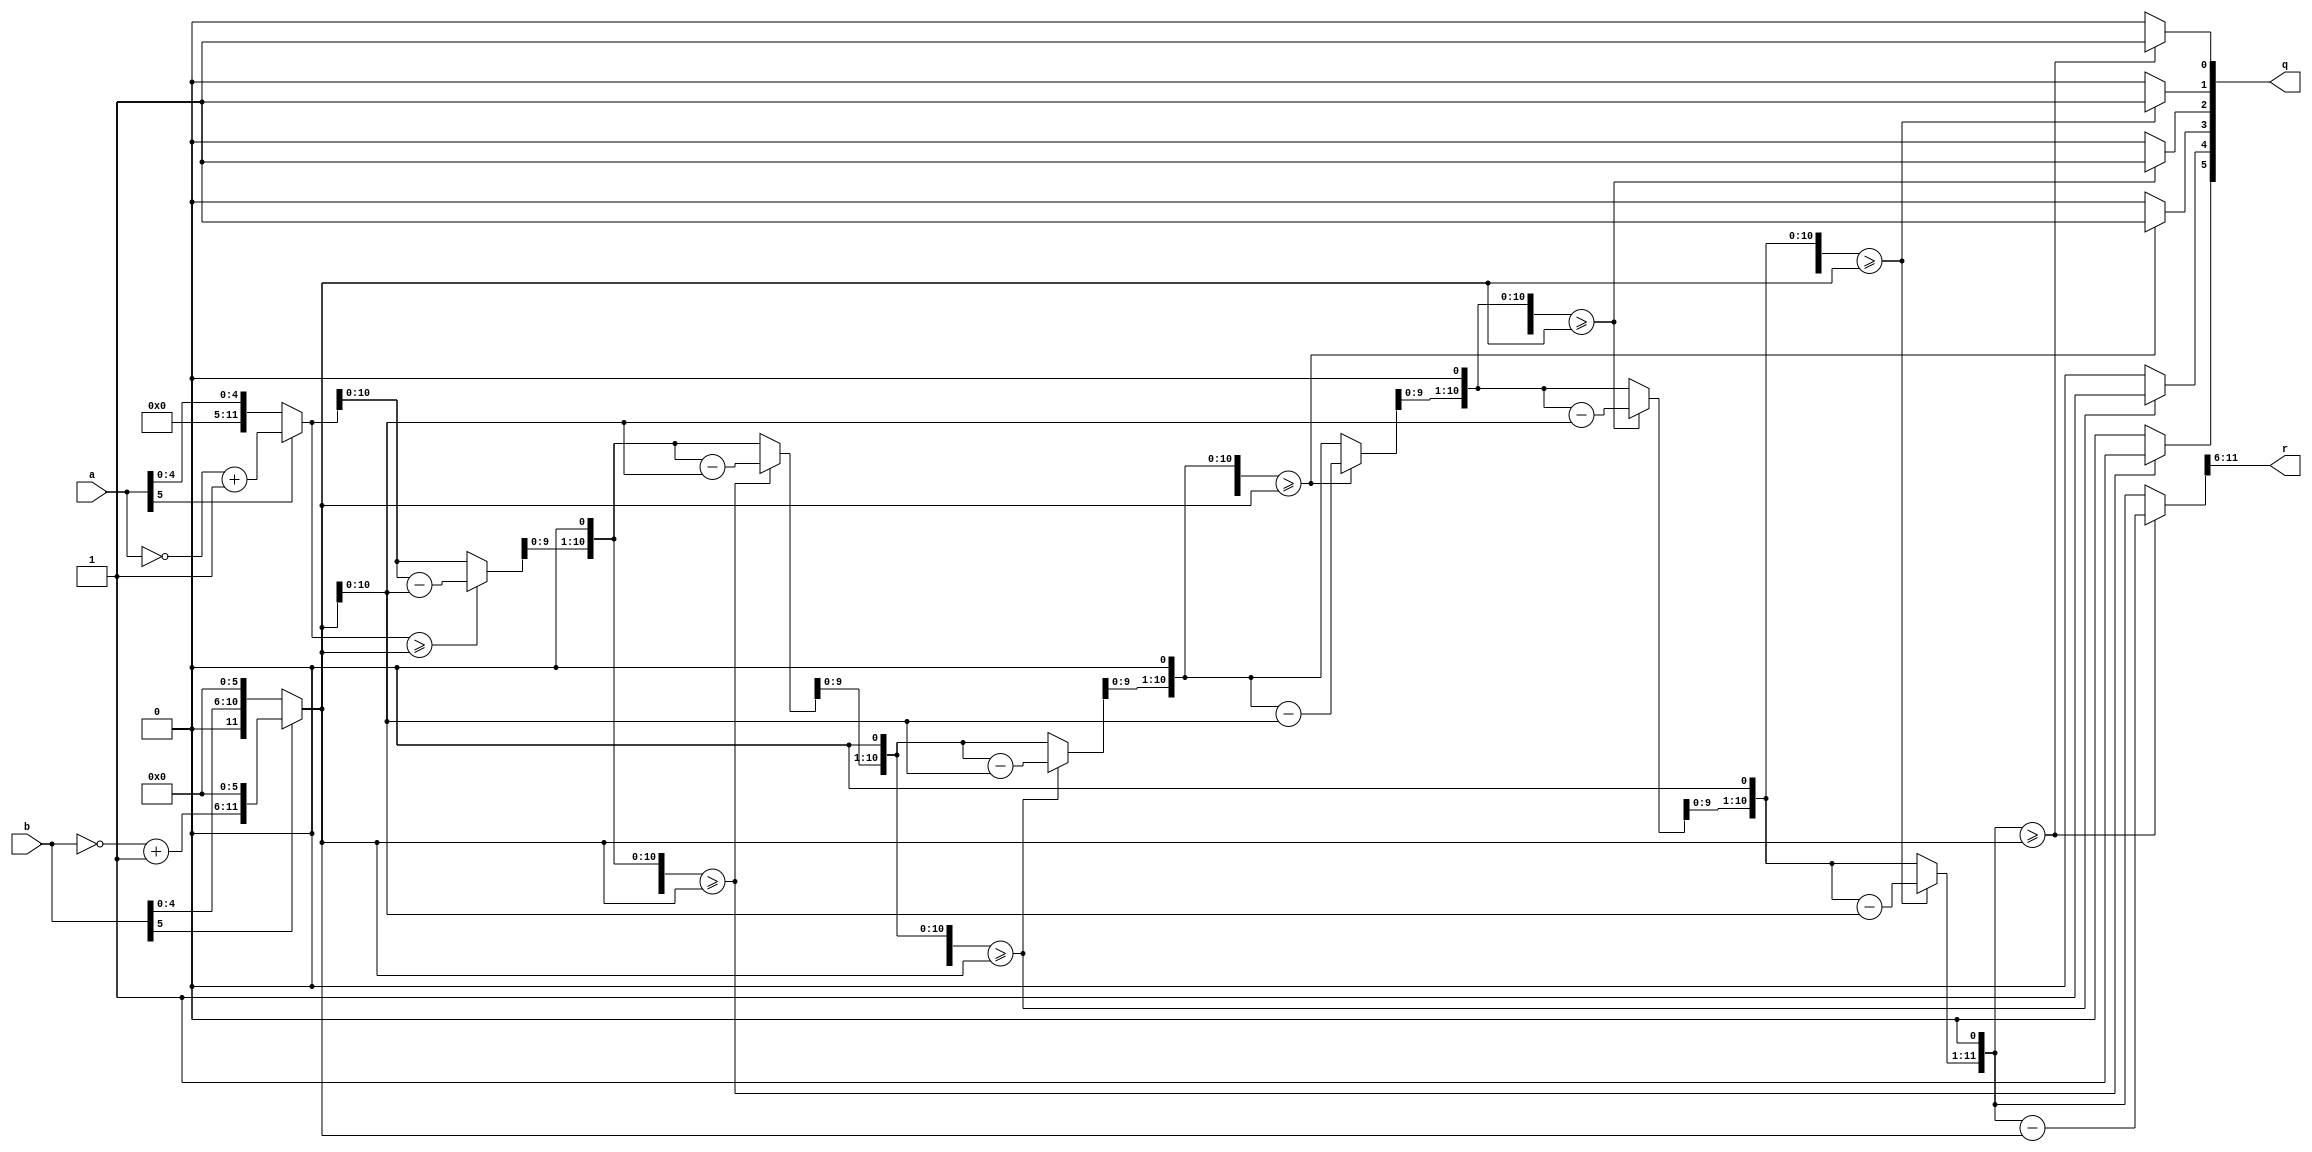
module divider(a, b, q, r);
input [5:0] a, b;
output reg [5:0] q, r;
reg [11:0] a_tmp, b_tmp;
reg neg;
integer i;

always@(*)
begin
    q = 0;
    r = 0;
    neg = a[5] ^ b[5];
    a_tmp = (a[5] == 1'b1) ? {{6{1'b0}}, ~a + 1} : {{6{1'b0}}, a};
    b_tmp = (b[5] == 1'b1) ? {~b + 1, {6{1'b0}}} : {b, {6{1'b0}}};
        
    //quotient
    for(i = 0; i < 6+1; i = i + 1)     
    begin
        if(a_tmp >= b_tmp)
        begin
            a_tmp = a_tmp - b_tmp;
            q[0] = 1'b1;
        end
        if(i<6) begin
          q = q << 1;
          a_tmp = a_tmp << 1;
        end
    end

    //remainder
    r = a_tmp[11:6];
end
endmodule